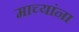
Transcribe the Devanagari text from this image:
माच्यांना